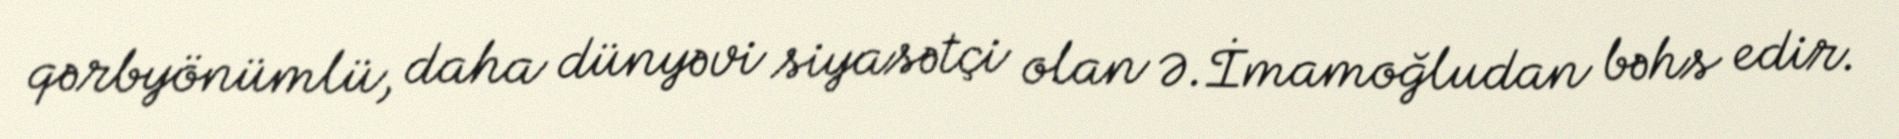
qərbyönümlü, daha dünyəvi siyasətçi olan Ə.İmamoğludan bəhs edir.